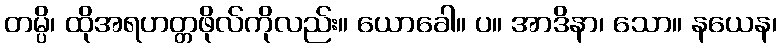
တမ္ပိ၊ ထိုအရဟတ္တဖိုလ်ကိုလည်း။ ယောခေါ။ ပ။ အာဒိနာ၊ သော။ နယေန၊